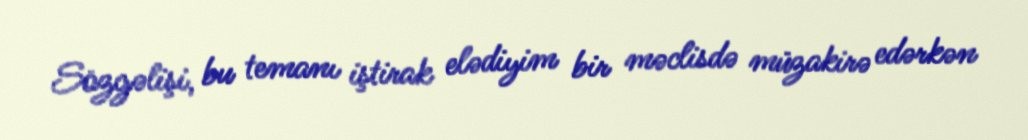
Sözgəlişi, bu temanı iştirak elədiyim bir məclisdə müzakirə edərkən